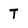
Character: T